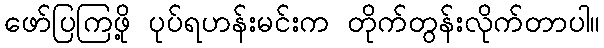
ဖော်ပြကြဖို့ ပုပ်ရဟန်းမင်းက တိုက်တွန်းလိုက်တာပါ။